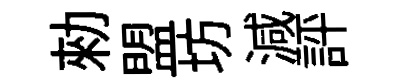
勑盟坊減評